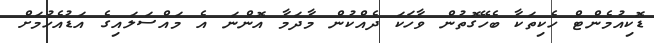
ޑޮކިއުމެންޓް ހެކިތަކާ ބެހޭގޮތުން ވާހަކަ ދެއްކުން މާދަމާ އޮންނަ އެ މައްސަލައިގެ އަޑުއެހުމަށް